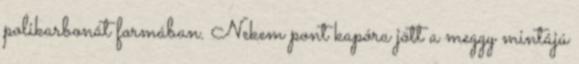
polikarbonát formában. Nekem pont kapóra jött a meggy mintájú